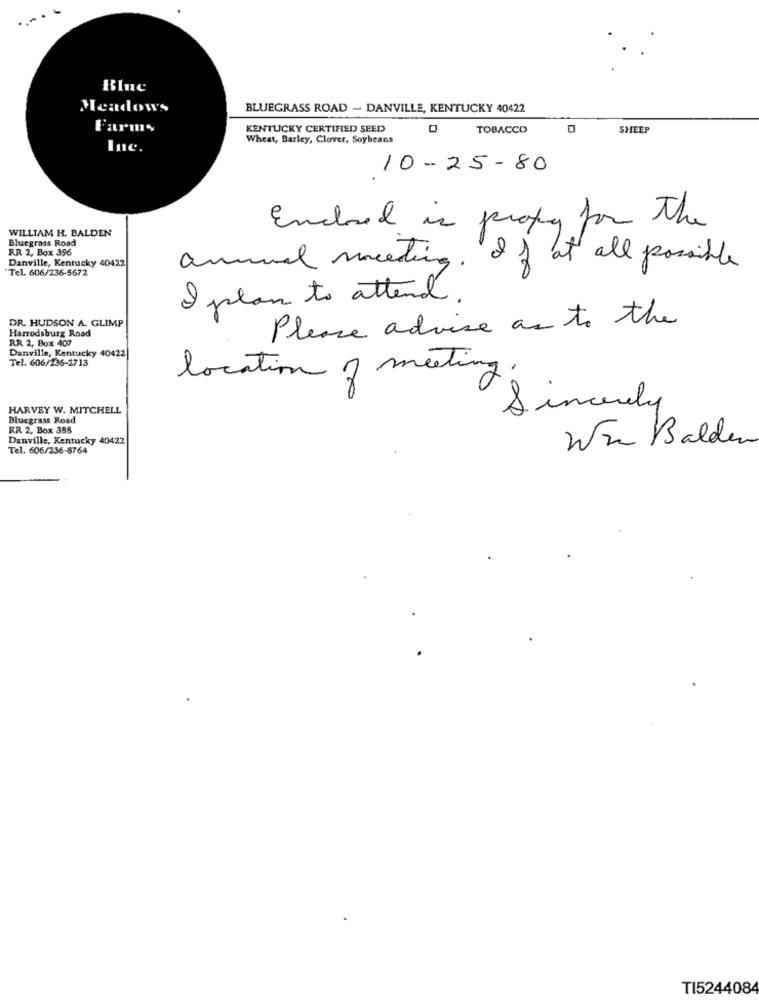
..
Blue
Meadows
BLUEGRASS ROAD - DANVILLE, KENTUCKY 40422
KENTUCKY CERTIFIED SEED
0
TOBACCO
SHEEP
Wheat, Barley, Clover, Soybeans
Inc.
10-25-80
Enclosed in profy for the
WILLIAM H. BALDEN
Bluegrass Road
RR 2, Box 396
Danville, Kentucky 40422
annual meeting. If at all possible
Tel. 606/236-5672
I plan to attend.
DR. HUDSON A. GLIMP
Harrodsburg Road
Please advise as to the
RR 2, Box 407
Danville, Kentucky 40422
Tel. 606/236-2713
location of meeting.
HARVEY W. MITCHELL
Sincerely
Bluegrass Road
RR 2, Box 385
Danville, Kentucky 40422
We Balden
Tel. 606/236-8764
TI5244084